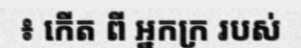
៖ កើត ពី អ្នកក្រ របស់